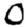
Digit: 0